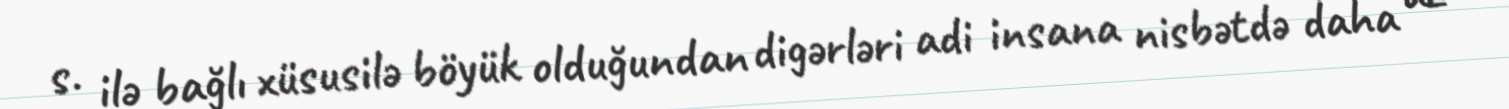
s. ilə bağlı xüsusilə böyük olduğundan digərləri adi insana nisbətdə daha az